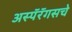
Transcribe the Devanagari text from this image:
अस्पॅरॅगसचे